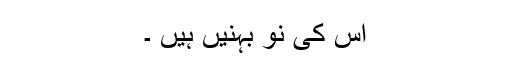
اس کی نو بہنیں ہیں ۔